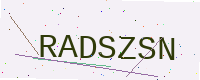
Text: RADSZSN